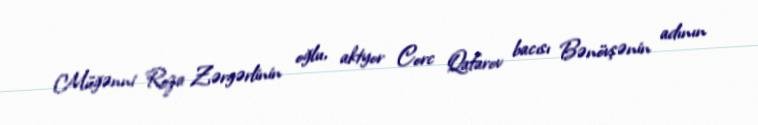
Müğənni Roza Zərgərlinin oğlu, aktyor Corc Qafarov bacısı Bənövşənin adının